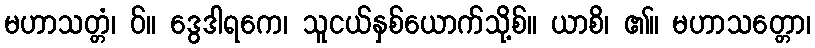
မဟာသတ္တံ၊ ဝ်။ ဒွေဒါရကေ၊ သူငယ်နှစ်ယောက်သို့စ်။ ယာစိ၊ ၏။ မဟာသတ္တော၊